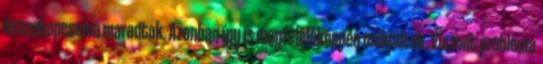
összekapcsolva maradtak. Azonban így is megfelelőképpen működtek. Viszont probléma